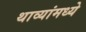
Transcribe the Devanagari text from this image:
थाव्यांमध्ये